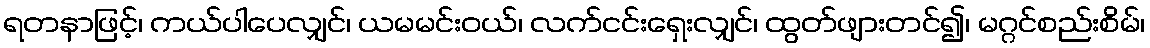
ရတနာဖြင့်၊ ကယ်ပါပေလျှင်၊ ယမမင်းဝယ်၊ လက်ငင်းရှေးလျှင်၊ ထွတ်ဖျားတင်၍၊ မဂ္ဂင်စည်းစိမ်၊